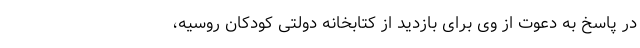
در پاسخ به دعوت از وی برای بازدید از کتابخانه دولتی کودکان روسیه،